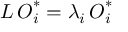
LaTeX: { \cal L \, O } _ { i } ^ { * } = \lambda _ { i } { \cal \, O } _ { i } ^ { * }